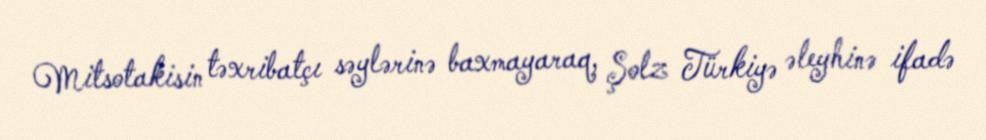
Mitsotakisin təxribatçı səylərinə baxmayaraq, Şolz Türkiyə əleyhinə ifadə